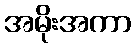
အမိုးအကာ